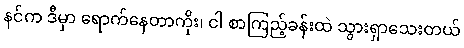
နင်က ဒီမှာ ရောက်နေတာကိုး၊ ငါ စာကြည့်ခန်းထဲ သွားရှာသေးတယ်